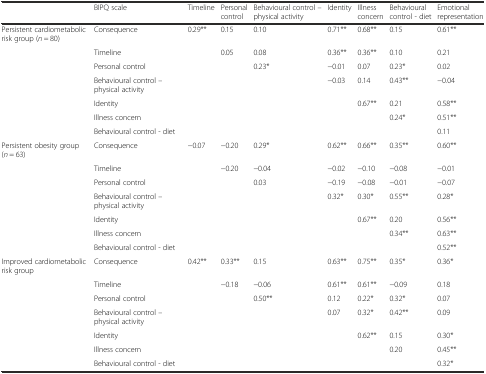
<table><thead><tr><td></td><td><b>BIPQ scale</b></td><td><b>Timeline</b></td><td><b>Personal control</b></td><td><b>Behavioural control – physical activity</b></td><td><b>Identity</b></td><td><b>Illness concern</b></td><td><b>Behavioural control - diet</b></td><td><b>Emotional representation</b></td></tr></thead><tbody><tr><td>Persistent cardiometabolic risk group (<i>n</i> = 80)</td><td>Consequence</td><td>0.29**</td><td>0.15</td><td>0.10</td><td>0.71**</td><td>0.68**</td><td>0.15</td><td>0.61**</td></tr><tr><td></td><td>Timeline</td><td></td><td>0.05</td><td>0.08</td><td>0.36**</td><td>0.36**</td><td>0.10</td><td>0.21</td></tr><tr><td></td><td>Personal control</td><td></td><td></td><td>0.23*</td><td>−0.01</td><td>0.07</td><td>0.23*</td><td>0.02</td></tr><tr><td></td><td>Behavioural control – physical activity</td><td></td><td></td><td></td><td>−0.03</td><td>0.14</td><td>0.43**</td><td>−0.04</td></tr><tr><td></td><td>Identity</td><td></td><td></td><td></td><td></td><td>0.67**</td><td>0.21</td><td>0.58**</td></tr><tr><td></td><td>Illness concern</td><td></td><td></td><td></td><td></td><td></td><td>0.24*</td><td>0.51**</td></tr><tr><td></td><td>Behavioural control - diet</td><td></td><td></td><td></td><td></td><td></td><td></td><td>0.11</td></tr><tr><td>Persistent obesity group (<i>n</i> = 63)</td><td>Consequence</td><td>−0.07</td><td>−0.20</td><td>0.29*</td><td>0.62**</td><td>0.66**</td><td>0.35**</td><td>0.60**</td></tr><tr><td></td><td>Timeline</td><td></td><td>−0.20</td><td>−0.04</td><td>−0.02</td><td>−0.10</td><td>−0.08</td><td>−0.01</td></tr><tr><td></td><td>Personal control</td><td></td><td></td><td>0.03</td><td>−0.19</td><td>−0.08</td><td>−0.01</td><td>−0.07</td></tr><tr><td></td><td>Behavioural control – physical activity</td><td></td><td></td><td></td><td>0.32*</td><td>0.30*</td><td>0.55**</td><td>0.28*</td></tr><tr><td></td><td>Identity</td><td></td><td></td><td></td><td></td><td>0.67**</td><td>0.20</td><td>0.56**</td></tr><tr><td></td><td>Illness concern</td><td></td><td></td><td></td><td></td><td></td><td>0.34**</td><td>0.63**</td></tr><tr><td></td><td>Behavioural control - diet</td><td></td><td></td><td></td><td></td><td></td><td></td><td>0.52**</td></tr><tr><td>Improved cardiometabolic risk group</td><td>Consequence</td><td>0.42**</td><td>0.33**</td><td>0.15</td><td>0.63**</td><td>0.75**</td><td>0.35*</td><td>0.36*</td></tr><tr><td></td><td>Timeline</td><td></td><td>−0.18</td><td>−0.06</td><td>0.61**</td><td>0.61**</td><td>−0.09</td><td>0.18</td></tr><tr><td></td><td>Personal control</td><td></td><td></td><td>0.50**</td><td>0.12</td><td>0.22*</td><td>0.32*</td><td>0.07</td></tr><tr><td></td><td>Behavioural control – physical activity</td><td></td><td></td><td></td><td>0.07</td><td>0.32*</td><td>0.42**</td><td>0.09</td></tr><tr><td></td><td>Identity</td><td></td><td></td><td></td><td></td><td>0.62**</td><td>0.15</td><td>0.30*</td></tr><tr><td></td><td>Illness concern</td><td></td><td></td><td></td><td></td><td></td><td>0.20</td><td>0.45**</td></tr><tr><td></td><td>Behavioural control - diet</td><td></td><td></td><td></td><td></td><td></td><td></td><td>0.32*</td></tr></tbody></table>